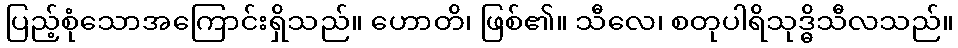
ပြည့်စုံသောအကြောင်းရှိသည်။ ဟောတိ၊ ဖြစ်၏။ သီလေ၊ စတုပါရိသုဒ္ဓိသီလသည်။